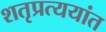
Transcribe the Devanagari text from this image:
शतृप्रत्ययांत